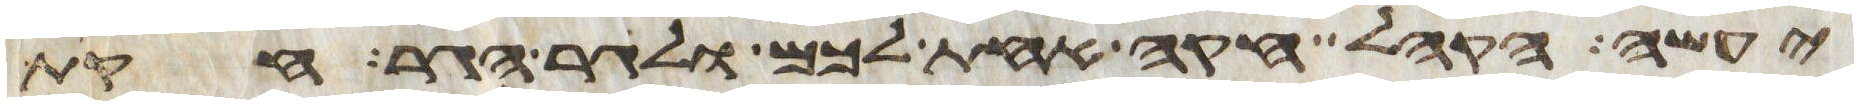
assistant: יעשה הקהל חקה אחת לכם ולגר הגר חקת